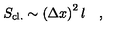
S _ { \mathrm { c l . } } \sim \left( \Delta x \right) ^ { 2 } l \quad ,